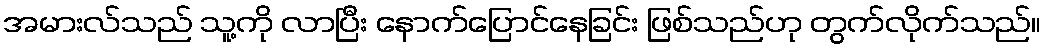
အမားလ်သည် သူ့ကို လာပြီး နောက်ပြောင်နေခြင်း ဖြစ်သည်ဟု တွက်လိုက်သည်။